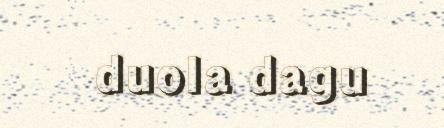
duola dagu